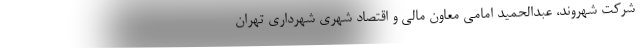
شرکت شهروند، عبدالحمید امامی معاون مالی و اقتصاد شهری شهرداری تهران